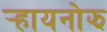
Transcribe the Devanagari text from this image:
र्‍हायनोझ